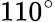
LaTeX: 110^{\circ}